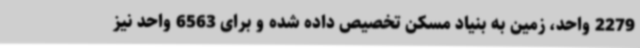
2279 واحد، زمین به بنیاد مسکن تخصیص داده شده و برای 6563 واحد نیز